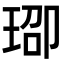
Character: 𬍨